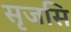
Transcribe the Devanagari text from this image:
सृजसि